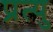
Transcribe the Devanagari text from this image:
प्रत्यु